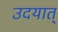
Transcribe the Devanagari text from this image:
उदयात्‌